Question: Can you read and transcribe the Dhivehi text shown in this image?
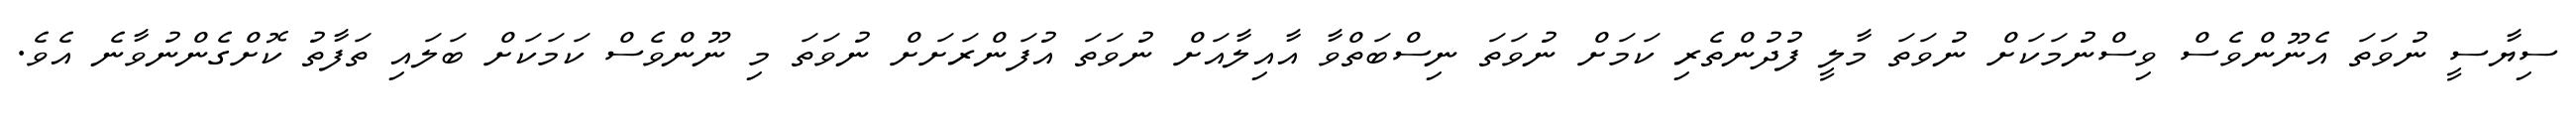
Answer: ސިޔާސީ ނުވަތަ އެނޫންވެސް ވިސްނުމަކަށް ނުވަތަ މާލީ ފުދުންތެރި ކަމަށް ނުވަތަ ނިސްބަތްވާ އާއިލާއަށް ނުވަތަ އުފަންރަށަށް ނުވަތަ މި ނޫންވެސް ކަމަކަށް ބަލައި ތަފާތު ކޮށްގެންނުވާނެ އެވެ.